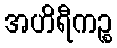
အဟိရီကဉ္စ